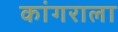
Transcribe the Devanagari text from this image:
कांगराला